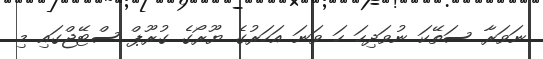
ނަވަރާ ސަތޭކަ ނުވަދިހަ ހަ ވަނަ އަހަރުގެ ޔޫރޯގެ ގުރޫޕް ސްޓޭޖްގައި މި